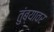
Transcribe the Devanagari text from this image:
तुंब्यावर